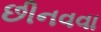
છીનવવા